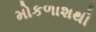
મોકળાશથી